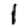
Digit: 1